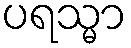
ပရသ္မာ